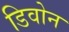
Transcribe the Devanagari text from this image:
डिवोन